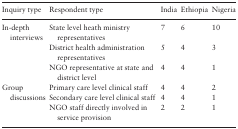
<table><thead><tr><td><b>Inquiry type</b></td><td><b>Respondent type</b></td><td><b>India</b></td><td><b>Ethiopia</b></td><td><b>Nigeria</b></td></tr></thead><tbody><tr><td rowspan="3">In-depth interviews</td><td>State level heath ministry representatives</td><td>7</td><td>6</td><td>10</td></tr><tr><td>District health administration representatives</td><td>5</td><td>4</td><td>3</td></tr><tr><td>NGO representative at state and district level</td><td>4</td><td>4</td><td>1</td></tr><tr><td rowspan="3">Group discussions</td><td>Primary care level clinical staff</td><td>4</td><td>4</td><td>2</td></tr><tr><td>Secondary care level clinical staff</td><td>4</td><td>4</td><td>1</td></tr><tr><td>NGO staff directly involved in service provision</td><td>2</td><td>2</td><td>1</td></tr></tbody></table>